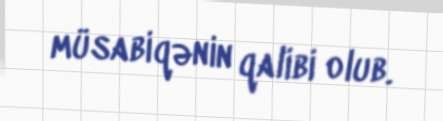
müsabiqənin qalibi olub.